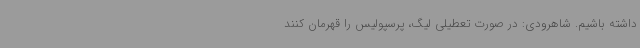
داشته باشیم. شاهرودی: در صورت تعطیلی لیگ، پرسپولیس را قهرمان کنند